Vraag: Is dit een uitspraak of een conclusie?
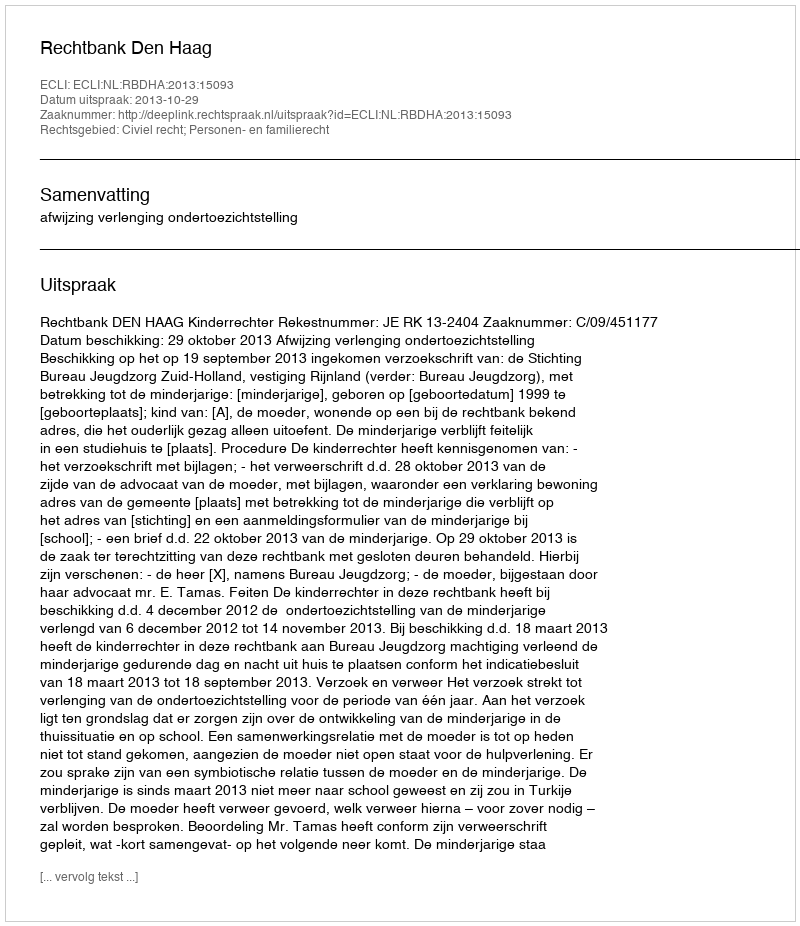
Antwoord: Uitspraak